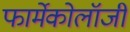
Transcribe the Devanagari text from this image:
फार्मेकोलॉजी